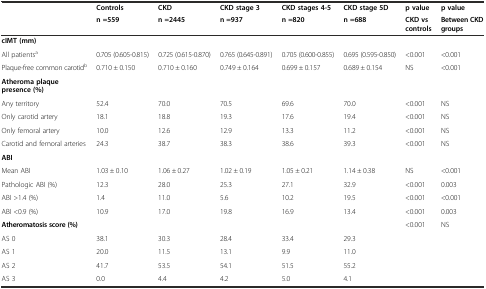
<table><thead><tr><td></td><td><b>Controls</b></td><td><b>CKD</b></td><td><b>CKD stage 3</b></td><td><b>CKD stages 4-5</b></td><td><b>CKD stage 5D</b></td><td><b>p value</b></td><td><b>p value</b></td></tr><tr><td></td><td><b>n =559</b></td><td><b>n =2445</b></td><td><b>n =937</b></td><td><b>n =820</b></td><td><b>n =688</b></td><td><b>CKD vs controls</b></td><td><b>Between CKD groups</b></td></tr></thead><tbody><tr><td><b>cIMT (mm)</b></td><td></td><td></td><td></td><td></td><td></td><td></td><td></td></tr><tr><td>All patients<sup>a</sup></td><td>0.705 (0.605-0.815)</td><td>0.725 (0.615-0.870)</td><td>0.765 (0.645-0.891)</td><td>0.705 (0.600-0.855)</td><td>0.695 (0.595-0.850)</td><td>&lt;0.001</td><td>&lt;0.001</td></tr><tr><td>Plaque-free common carotid<sup>b</sup></td><td>0.710 ± 0.150</td><td>0.710 ± 0.160</td><td>0.749 ± 0.164</td><td>0.699 ± 0.157</td><td>0.689 ± 0.154</td><td>NS</td><td>&lt;0.001</td></tr><tr><td><b>Atheroma plaque presence (%)</b></td><td></td><td></td><td></td><td></td><td></td><td></td><td></td></tr><tr><td>Any territory</td><td>52.4</td><td>70.0</td><td>70.5</td><td>69.6</td><td>70.0</td><td>&lt;0.001</td><td>NS</td></tr><tr><td>Only carotid artery</td><td>18.1</td><td>18.8</td><td>19.3</td><td>17.6</td><td>19.4</td><td>&lt;0.001</td><td>NS</td></tr><tr><td>Only femoral artery</td><td>10.0</td><td>12.6</td><td>12.9</td><td>13.3</td><td>11.2</td><td>&lt;0.001</td><td>NS</td></tr><tr><td>Carotid and femoral arteries</td><td>24.3</td><td>38.7</td><td>38.3</td><td>38.6</td><td>39.3</td><td>&lt;0.001</td><td>NS</td></tr><tr><td><b>ABI</b></td><td></td><td></td><td></td><td></td><td></td><td></td><td></td></tr><tr><td>Mean ABI</td><td>1.03 ± 0.10</td><td>1.06 ± 0.27</td><td>1.02 ± 0.19</td><td>1.05 ± 0.21</td><td>1.14 ± 0.38</td><td>NS</td><td>&lt;0.001</td></tr><tr><td>Pathologic ABI (%)</td><td>12.3</td><td>28.0</td><td>25.3</td><td>27.1</td><td>32.9</td><td>&lt;0.001</td><td>0.003</td></tr><tr><td>ABI &gt;1.4 (%)</td><td>1.4</td><td>11.0</td><td>5.6</td><td>10.2</td><td>19.5</td><td>&lt;0.001</td><td>&lt;0.001</td></tr><tr><td>ABI &lt;0.9 (%)</td><td>10.9</td><td>17.0</td><td>19.8</td><td>16.9</td><td>13.4</td><td>&lt;0.001</td><td>0.003</td></tr><tr><td><b>Atheromatosis score (%)</b></td><td></td><td></td><td></td><td></td><td></td><td>&lt;0.001</td><td>NS</td></tr><tr><td>AS 0</td><td>38.1</td><td>30.3</td><td>28.4</td><td>33.4</td><td>29.3</td><td></td><td></td></tr><tr><td>AS 1</td><td>20.0</td><td>11.5</td><td>13.1</td><td>9.9</td><td>11.0</td><td></td><td></td></tr><tr><td>AS 2</td><td>41.7</td><td>53.5</td><td>54.1</td><td>51.5</td><td>55.2</td><td></td><td></td></tr><tr><td>AS 3</td><td>0.0</td><td>4.4</td><td>4.2</td><td>5.0</td><td>4.1</td><td></td><td></td></tr></tbody></table>